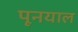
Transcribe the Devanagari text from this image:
पूनयाल